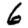
Digit: 6